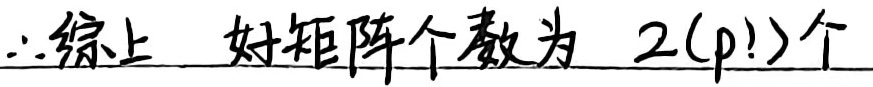
$\therefore$ 综上，好矩阵个数为 $2(p!)$ 个